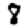
Digit: 8